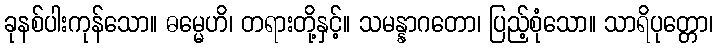
ခုနစ်ပါးကုန်သော။ ဓမ္မေဟိ၊ တရားတို့နှင့်။ သမန္နာဂတော၊ ပြည့်စုံသော။ သာရိပုတ္တော၊